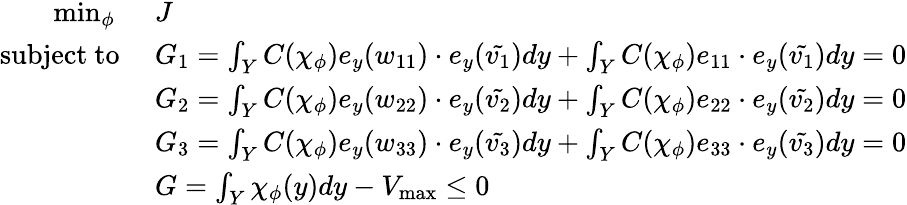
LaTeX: \begin{array}{rl}{\operatorname*{min}_{\phi}~}&{J}\\ {\mathrm{subject~to}~}&{G_{1}=\int_{Y}C(\chi_{\phi})e_{y}({w_{11}})\cdot e_{y}(\tilde{{v_{1}}})d{y}+\int_{Y}C(\chi_{\phi})e_{11}\cdot e_{y}(\tilde{{v_{1}}})d{y}=0}\\ &{G_{2}=\int_{Y}C(\chi_{\phi})e_{y}({w_{22}})\cdot e_{y}(\tilde{{v_{2}}})d{y}+\int_{Y}C(\chi_{\phi})e_{22}\cdot e_{y}(\tilde{{v_{2}}})d{y}=0}\\ &{G_{3}=\int_{Y}C(\chi_{\phi})e_{y}({w_{33}})\cdot e_{y}(\tilde{{v_{3}}})d{y}+\int_{Y}C(\chi_{\phi})e_{33}\cdot e_{y}(\tilde{{v_{3}}})d{y}=0}\\ &{G=\int_{Y}\chi_{\phi}({y})d{y}-V_{\mathrm{max}}\leq 0}\end{array}